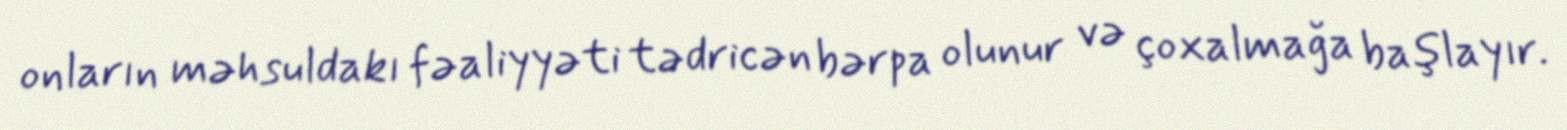
onların məhsuldakı fəaliyyəti tədricən bərpa olunur və çoxalmağa başlayır.